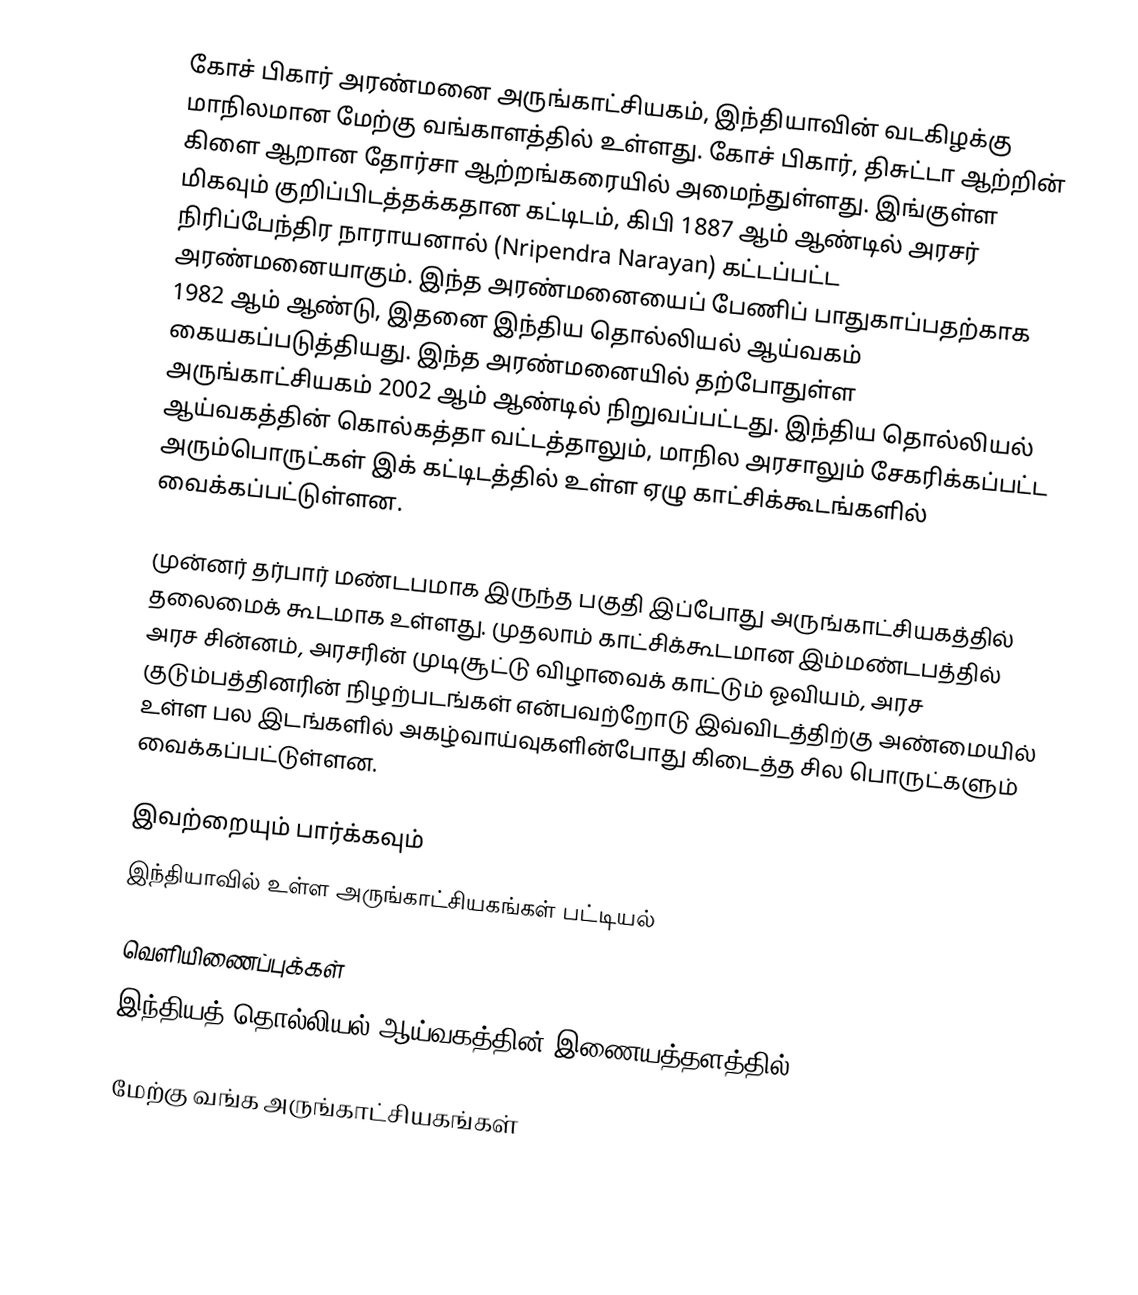
கோச் பிகார் அரண்மனை அருங்காட்சியகம், இந்தியாவின் வடகிழக்கு மாநிலமான மேற்கு வங்காளத்தில் உள்ளது. கோச் பிகார், திசுட்டா ஆற்றின் கிளை ஆறான தோர்சா ஆற்றங்கரையில் அமைந்துள்ளது. இங்குள்ள மிகவும் குறிப்பிடத்தக்கதான கட்டிடம், கிபி 1887 ஆம் ஆண்டில் அரசர் நிரிப்பேந்திர நாராயனால் (Nripendra Narayan) கட்டப்பட்ட அரண்மனையாகும். இந்த அரண்மனையைப் பேணிப் பாதுகாப்பதற்காக 1982 ஆம் ஆண்டு, இதனை இந்திய தொல்லியல் ஆய்வகம் கையகப்படுத்தியது. இந்த அரண்மனையில் தற்போதுள்ள அருங்காட்சியகம் 2002 ஆம் ஆண்டில் நிறுவப்பட்டது. இந்திய தொல்லியல் ஆய்வகத்தின் கொல்கத்தா வட்டத்தாலும், மாநில அரசாலும் சேகரிக்கப்பட்ட அரும்பொருட்கள் இக் கட்டிடத்தில் உள்ள ஏழு காட்சிக்கூடங்களில் வைக்கப்பட்டுள்ளன.

முன்னர் தர்பார் மண்டபமாக இருந்த பகுதி இப்போது அருங்காட்சியகத்தில் தலைமைக் கூடமாக உள்ளது. முதலாம் காட்சிக்கூடமான இம்மண்டபத்தில் அரச சின்னம், அரசரின் முடிசூட்டு விழாவைக் காட்டும் ஓவியம், அரச குடும்பத்தினரின் நிழற்படங்கள் என்பவற்றோடு இவ்விடத்திற்கு அண்மையில் உள்ள பல இடங்களில் அகழ்வாய்வுகளின்போது கிடைத்த சில பொருட்களும் வைக்கப்பட்டுள்ளன.

இவற்றையும் பார்க்கவும்
 இந்தியாவில் உள்ள அருங்காட்சியகங்கள் பட்டியல்

வெளியிணைப்புக்கள்
 இந்தியத் தொல்லியல் ஆய்வகத்தின் இணையத்தளத்தில்

மேற்கு வங்க அருங்காட்சியகங்கள்